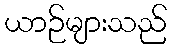
ယာဉ်များသည်